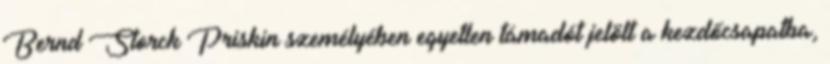
Bernd Storck Priskin személyében egyetlen támadót jelölt a kezdőcsapatba,